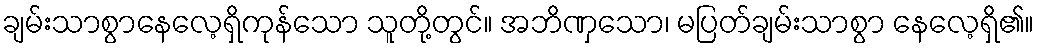
ချမ်းသာစွာနေလေ့ရှိကုန်သော သူတို့တွင်။ အဘိဏှသော၊ မပြတ်ချမ်းသာစွာ နေလေ့ရှိ၏။